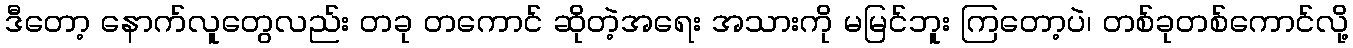
ဒီတော့ နောက်လူတွေလည်း တခု တကောင် ဆိုတဲ့အရေး အသားကို မမြင်ဘူး ကြတော့ပဲ၊ တစ်ခုတစ်ကောင်လို့